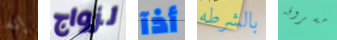
إنه لزواج أذآ بالشرطه مسروقه